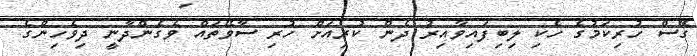
ގޭސް ހުރިކަމުގެ ހެކި ލިބިފައިވާއިރު ދެން ކުރިއަށް ހުރި ސާވޭތައް ވެގެންދާނީ ދިވެހިންގެ